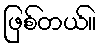
ဖြစ်တယ်။